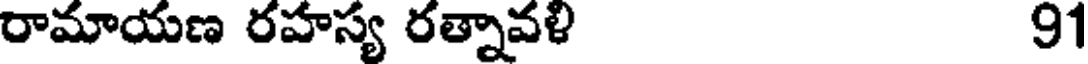
రామాయణ రహస్య రత్నావళి 91